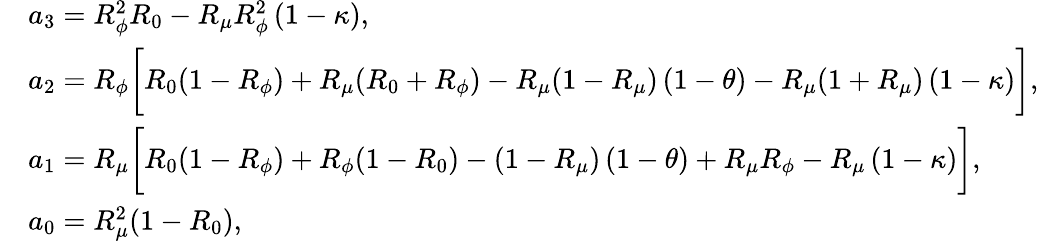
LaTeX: \begin{array}{rl}&{a_{3}=R_{\phi}^{2}R_{0}-R_{\mu}R_{\phi}^{2}\left(1-\kappa\right),}\\ &{a_{2}=R_{\phi}\biggl[R_{0}(1-R_{\phi})+R_{\mu}(R_{0}+R_{\phi})-R_{\mu}(1-R_{\mu})\left(1-\theta\right)-R_{\mu}(1+R_{\mu})\left(1-\kappa\right)\biggr],}\\ &{a_{1}=R_{\mu}\biggl[R_{0}(1-R_{\phi})+R_{\phi}(1-R_{0})-(1-R_{\mu})\left(1-\theta\right)+R_{\mu}R_{\phi}-R_{\mu}\left(1-\kappa\right)\biggr],}\\ &{a_{0}=R_{\mu}^{2}(1-R_{0}),}\end{array}